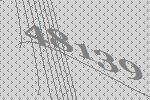
48139